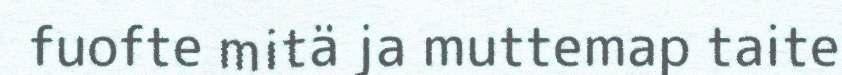
fuofte mitä ja muttemap taite